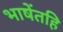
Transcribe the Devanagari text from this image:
भाषेंतहि